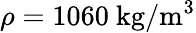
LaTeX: \rho=1060\ \mathrm{kg/m^{3}}